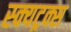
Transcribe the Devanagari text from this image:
स्क्यट्रक्स